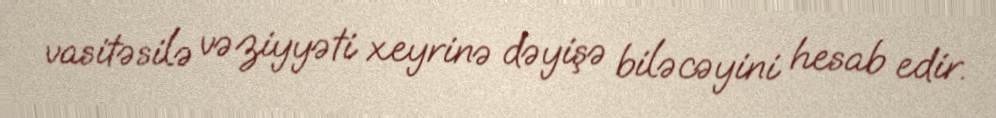
vasitəsilə vəziyyəti xeyrinə dəyişə biləcəyini hesab edir.